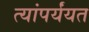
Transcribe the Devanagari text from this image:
त्यांपर्यंयत